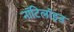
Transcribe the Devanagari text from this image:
नॉटिलॉइड